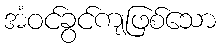
အံဝင်ခွင်ကျဖြစ်သော